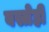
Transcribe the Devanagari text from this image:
वस्त्रेही